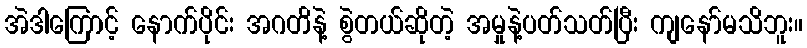
အဲဒါကြောင့် နောက်ပိုင်း အဂတိနဲ့ စွဲတယ်ဆိုတဲ့ အမှုနဲ့ပတ်သတ်ပြီး ကျနော်မသိဘူး။